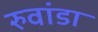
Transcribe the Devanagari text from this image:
रुवांडा